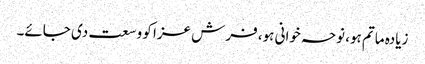
زیادہ ماتم ہو، نوحہ خوانی ہو، فرش عزا کو وسعت دی جائے۔